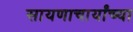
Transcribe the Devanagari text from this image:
सायणाचार्यांच्या